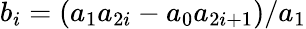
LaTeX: b_{i}=(a_{1}a_{2i}-a_{0}a_{2i+1})/a_{1}